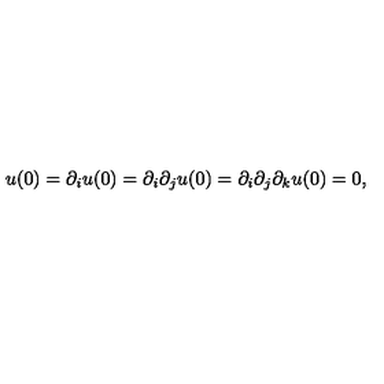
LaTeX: u ( 0 ) = \partial _ { i } u ( 0 ) = \partial _ { i } \partial _ { j } u ( 0 ) = \partial _ { i } \partial _ { j } \partial _ { k } u ( 0 ) = 0 ,